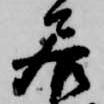
居